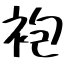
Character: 袍